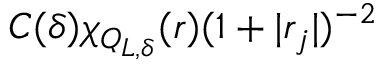
C ( \delta ) \chi _ { Q _ { L , \delta } } ( r ) ( 1 + | r _ { j } | ) ^ { - 2 }